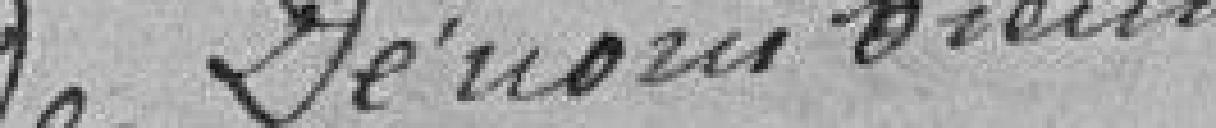
le dénommé brenneur